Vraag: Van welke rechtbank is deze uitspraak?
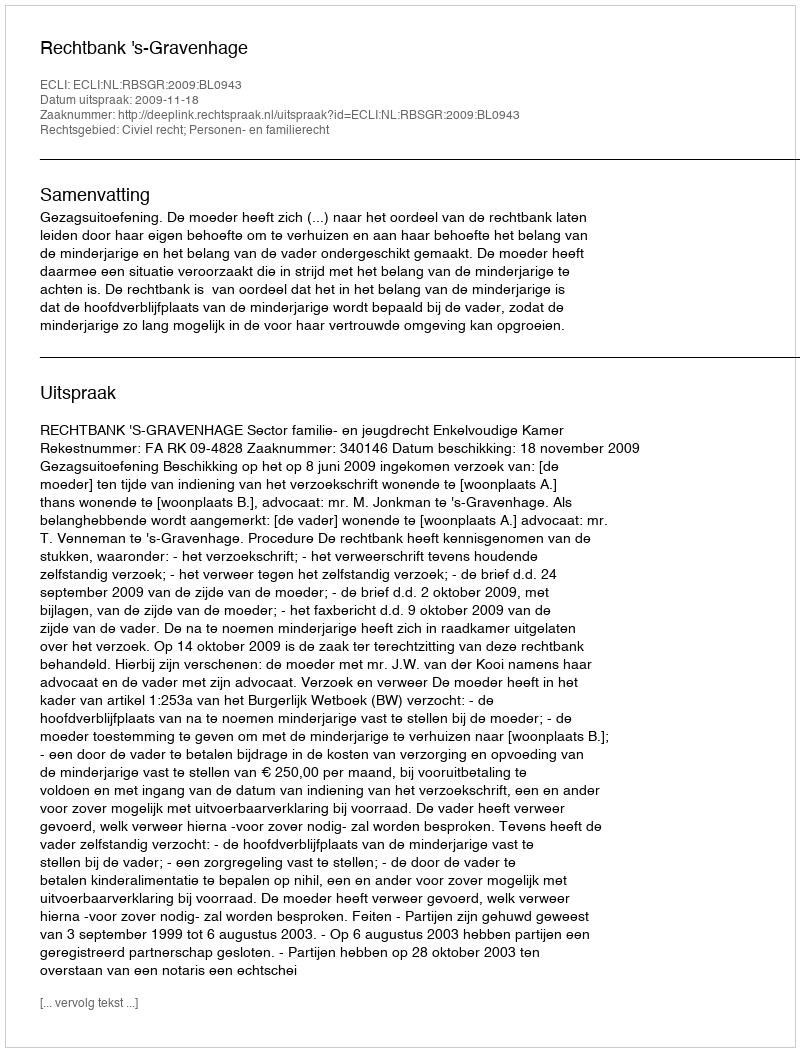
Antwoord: Rechtbank 's-Gravenhage